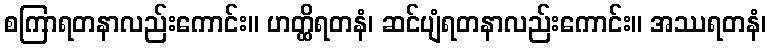
စကြာရတနာလည်းကောင်း။ ဟတ္ထိရတနံ၊ ဆင်ပျံရတနာလည်းကောင်း။ အဿရတနံ၊